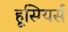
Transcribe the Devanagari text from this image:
हूसियर्स